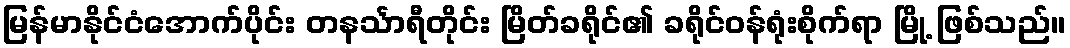
မြန်မာနိုင်ငံအောက်ပိုင်း တနင်္သာရီတိုင်း မြိတ်ခရိုင်၏ ခရိုင်ဝန်ရုံးစိုက်ရာ မြို့ ဖြစ်သည်။